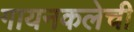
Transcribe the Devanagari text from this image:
गायनकलेची